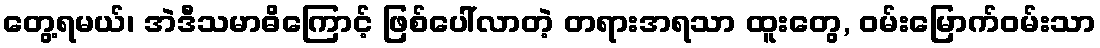
တွေ့ရမယ်၊ အဲဒီသမာဓိကြောင့် ဖြစ်ပေါ်လာတဲ့ တရားအရသာ ထူးတွေ, ဝမ်းမြောက်ဝမ်းသာ